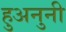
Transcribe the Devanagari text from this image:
हुअनुनी